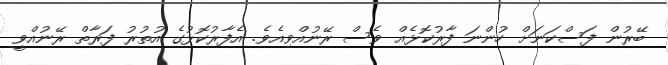
ބޭރުން ފަސްކަނަށް ހުންނަ ފާރުކޮޅެއް ވެސް ރޭނުއްވިއެވެ. އެފާރުކޮޅުގެ އުތުރު ފަރާތް ރޭނުއްވީ